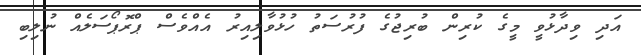
އަދި ވިދާޅުވީ މީގެ ކުރިން ބުރިޖުގެ ފުރުސަތު ހުޅުވާލިއިރު އެއްވެސް ޕްރޮޕޯސަލެއް ނުލިބި